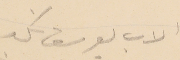
الاب يوسف نكد